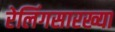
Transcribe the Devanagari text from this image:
रेलिंगसारख्या